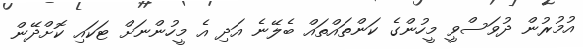
އުމުރުން ދުވަސްވީ މީހުންގެ ކަންތައްތައް ބެލޭނެ އަދި އެ މީހުންނަށް ޓަކައި ކޮށްދޭން